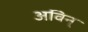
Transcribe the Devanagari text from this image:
अविन्